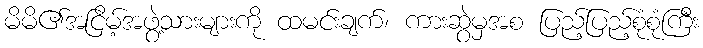
မိမိ၏အငြိမ့်အဖွဲ့သားများကို ထမင်းချက်၊ ကားဆွဲမှအစ ပြည့်ပြည့်စုံစုံကြီး